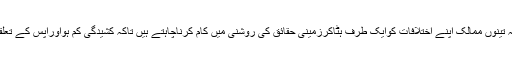
اس سے یہ اندازہ لگایاجاسکتاہے کہ تینوں ممالک اپنے اختلافات کوایک طرف ہٹاکرزمینی حقائق کی روشنی میں کام کرناچاہتے ہیں تاکہ کشیدگی کم ہواورآپس کے تعلقات کی سطح بھی بلند کی جاسکے۔